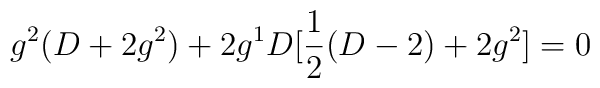
g^{2}(D+2g^{2})+2g^{1}D[\frac{1}{2}(D-2)+2g^{2}]=0